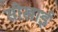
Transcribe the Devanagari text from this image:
सीखाई